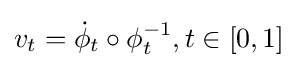
v_{t}={\dot {\phi }}_{t}\circ \phi _{t}^{-1},t\in [0,1]